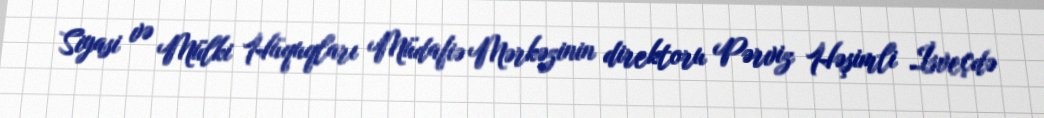
Siyasi və Mülki Hüquqları Müdafiə Mərkəzinin direktoru Pərviz Həşimli İsveçdə